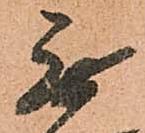
無